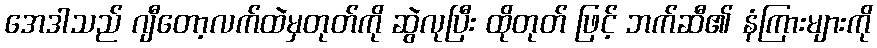
အေဒါသည် ဂျီတော့လက်ထဲမှတုတ်ကို ဆွဲလုပြီး ထိုတုတ် ဖြင့် ဘက်ဆီ၏ နံကြားများကို